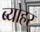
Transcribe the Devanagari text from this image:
ब्योहर